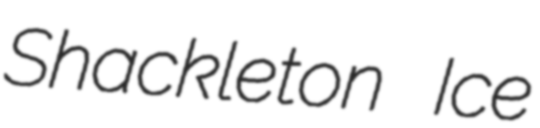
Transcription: Shackleton Ice